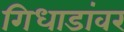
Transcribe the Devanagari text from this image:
गिधाडांवर